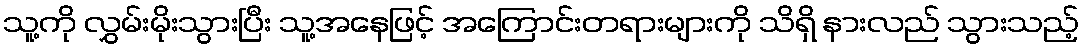
သူ့ကို လွှမ်းမိုးသွားပြီး သူ့အနေဖြင့် အကြောင်းတရားများကို သိရှိ နားလည် သွားသည့်